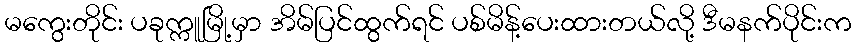
မကွေးတိုင်း ပခုက္ကူမြို့မှာ အိမ်ပြင်ထွက်ရင် ပစ်မိန့်ပေးထားတယ်လို့ ဒီမနက်ပိုင်းက